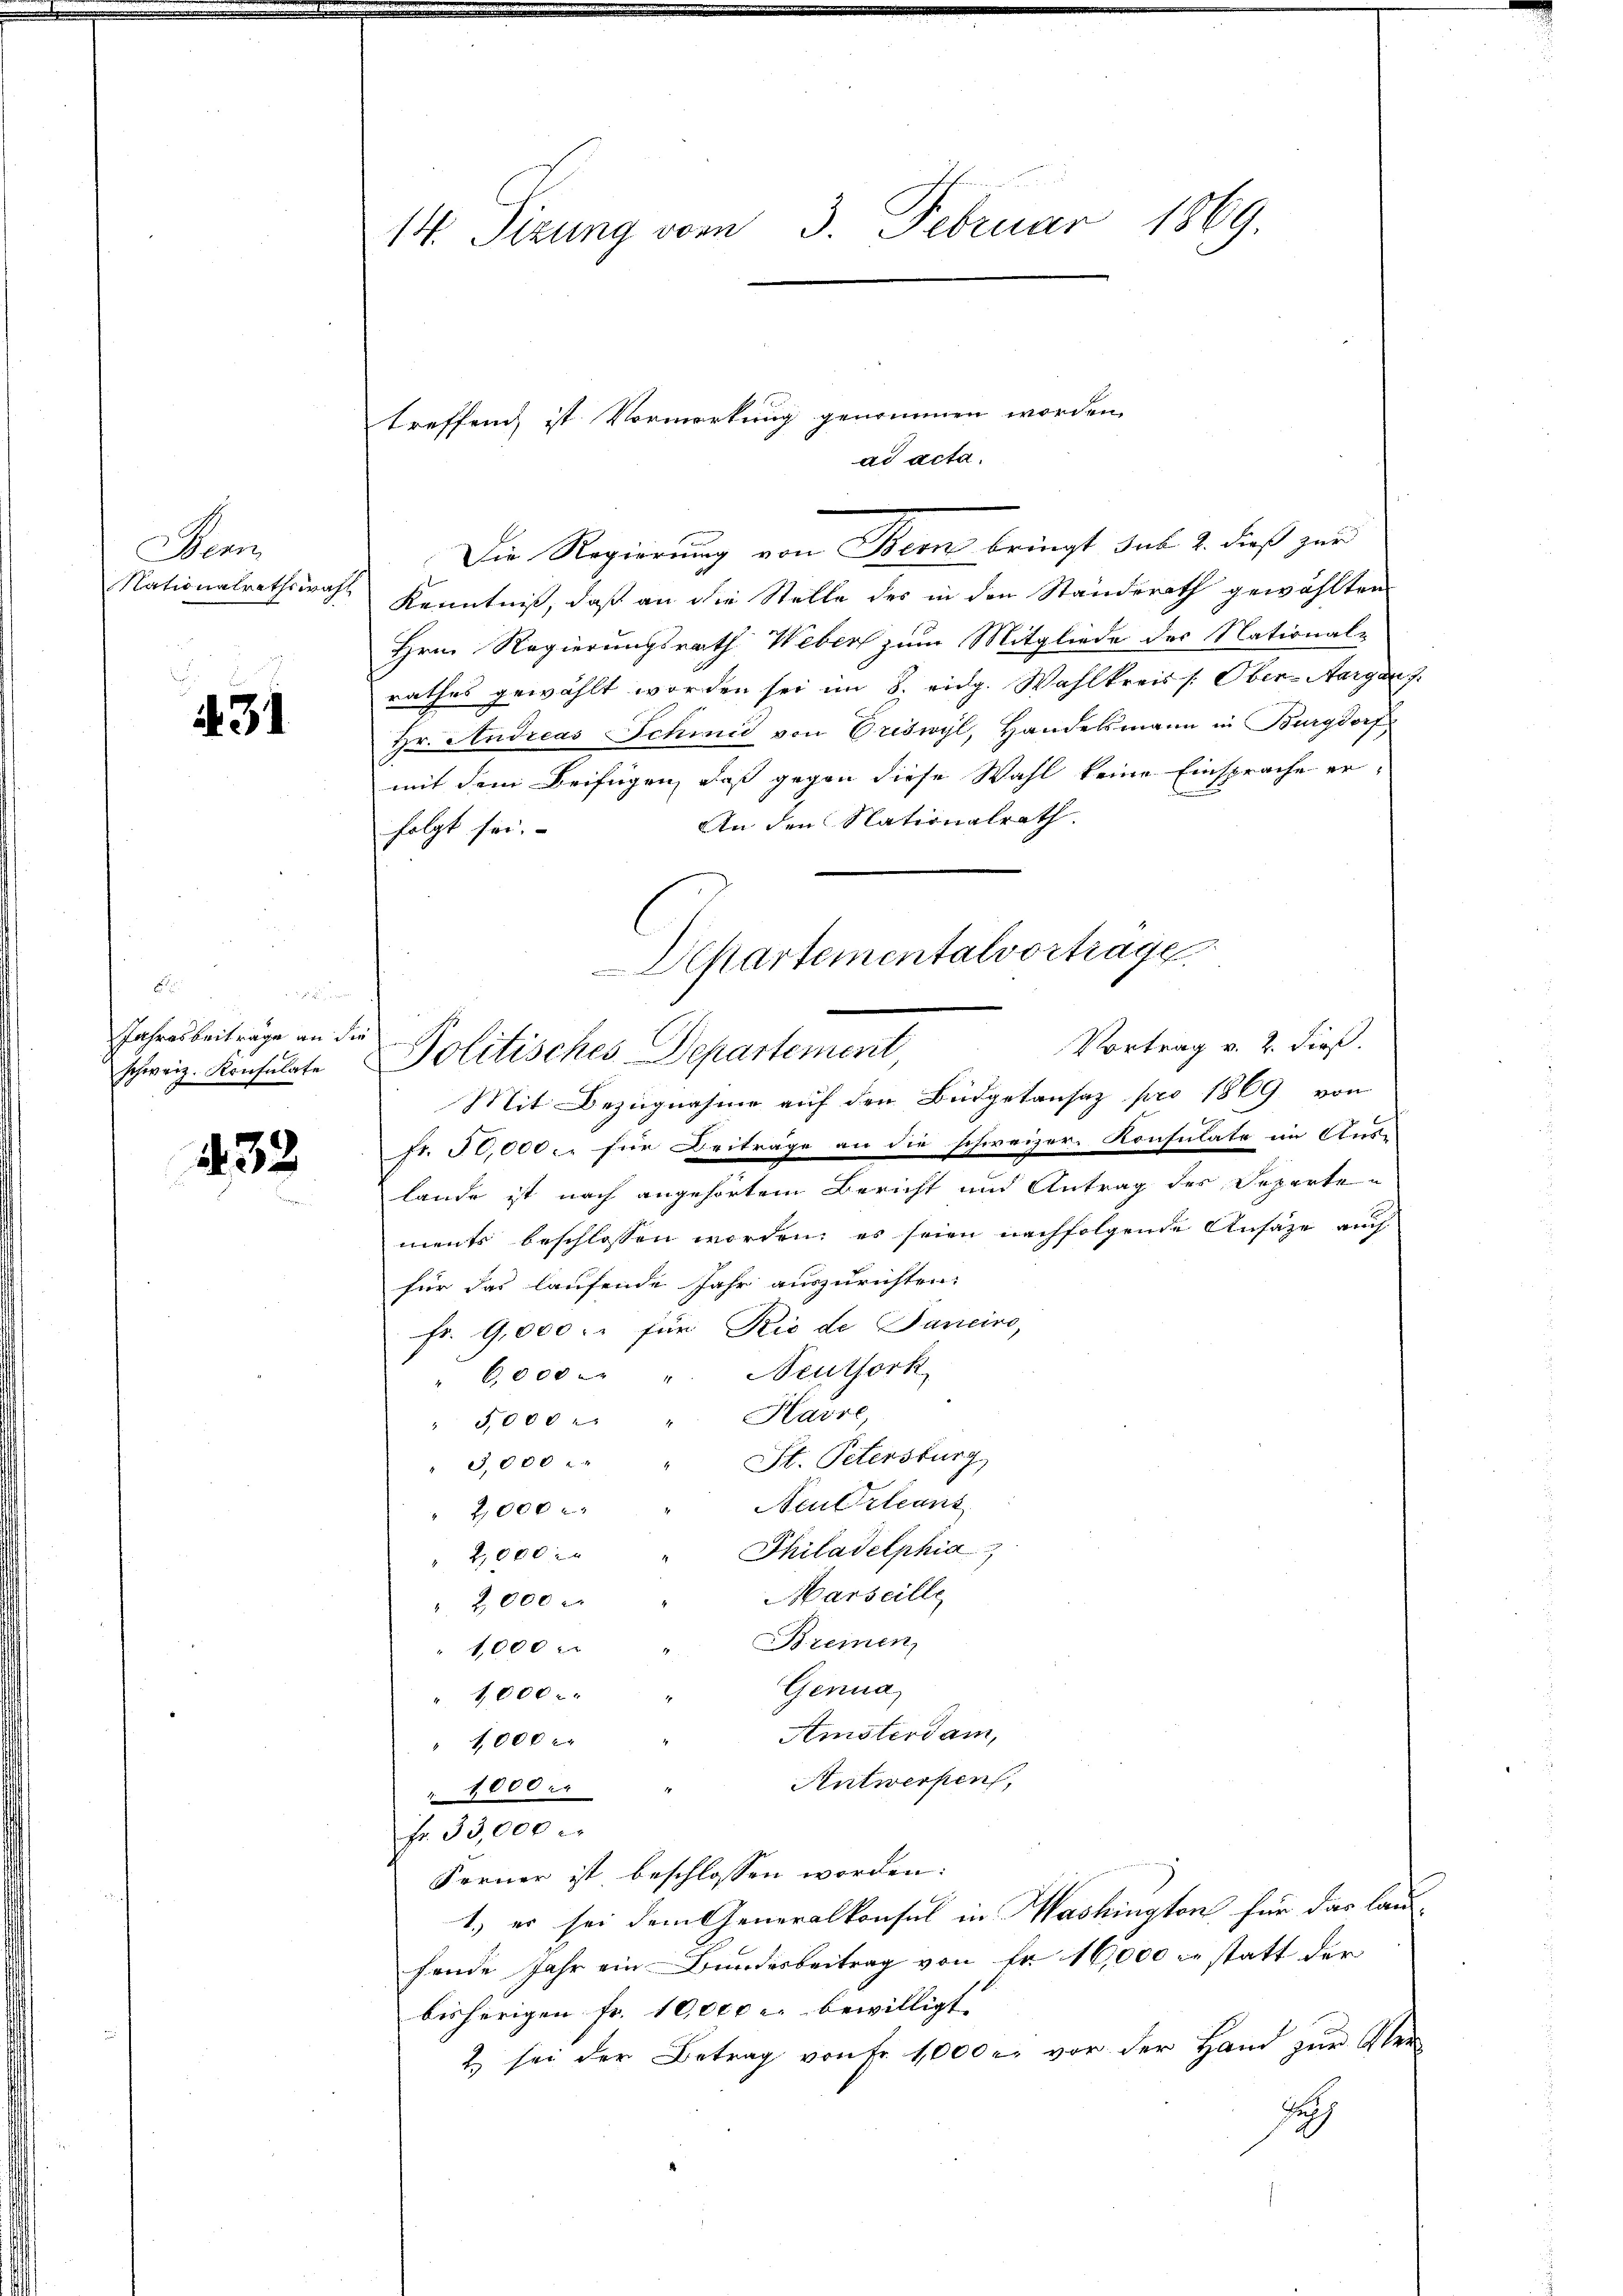
Aa
Nationalrathswahl

i31

Jahresbeiträge an die
schweiz. Konsulate

432
aesen

14. Sizung vom 3. Februar 1869.

treffend ist Vormerkung genommen worden.
ad acta.

Die Regierung von Bern bringt das 2. dieß zur
Kenntniß, daß an die Stelle des in den Ständerath gewählten
Hrn. Regierungsrath Weber zum Mitgliede des National-
rathes gewählt worden sei im 8. eidg. Wahlkreis /: Ober-Aargau f
Hr. Andreas Schmid von Eriswyl, Handelsmann in Burgdorf
mit dem Beifügen, daß gegen diese Wahl keine Einsprache er¬
An den Nationalrath.
folgt sei.
Fr. 50,000 c. für Beiträge an die schweizer. Konsulate im Aus-
lande ist nach angehörtem Bericht und Antrag des Departen
ments beschlossen worden; es seien nachfolgende Ansäze auch
für das laufende Jahr auszurichten,
fr. 9,000. für Rio de Janeiro,
6,000. v. Neuthork
" 5,000 . " Karre
St. Petersburg
3,000
Neutrleans
2,000 x
Philadelphia
2,000
Marseille
2,000
Breinen
"1,000
Genua
" 1000
Amsterdam,
1,000 x
Antwerfen,
" 1000 er
fr. 33,000
Ferner ist beschlossen worden:
1, er sei dem Generalkonsul in Washington für das laus-
fende Jahr ein Bundesbeitrag von Fr. 16,000 statt der
bisherigen Fr. 10,000 l. bewilligt. |
2 sei der Betrag von Fr. 1000 u. vor der Hand zur Ver-
Rath

Departementalvortrage
Vortrag v. 2. dieß.
Politisches Departement
Mit Bezugnahme auf den Büdgetansaz pro 1869 von